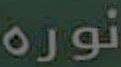
نوره